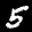
Label: 5